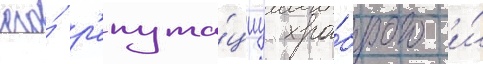
его́ р'епута́циу хра́брого и́